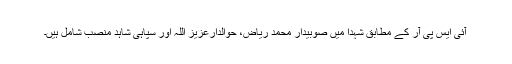
آئی ایس پی آر کے مطابق شہدا میں صوبیدار محمد ریاض، حوالدارعزیز اللہ اور سپاہی شاہد منصب شامل ہیں۔